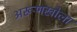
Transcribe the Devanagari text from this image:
अरूणखोला